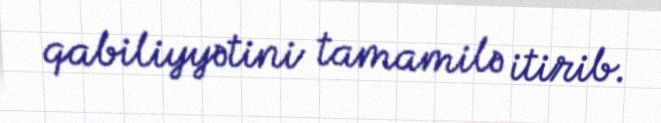
qabiliyyətini tamamilə itirib.